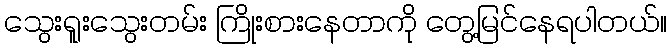
သွေးရူးသွေးတမ်း ကြိုးစားနေတာကို တွေ့မြင်နေရပါတယ်။